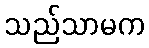
သည်သာမက